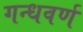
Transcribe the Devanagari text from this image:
गन्धवर्ण